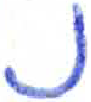
אות: נ